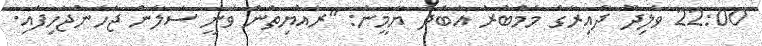
22:00 ވެލިދޫ ދާއިރާގެ މެމްބަރު އަބްދު ޔާމީން: "ރައްޔިތުން ވަނީ ސަލާން ޖަހަންޖެހިފައި.